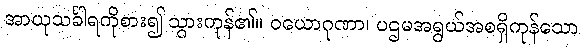
အာယုသင်္ခါရကိုစား၍ သွားကုန်၏။ ဝယောဂုဏာ၊ ပဌမအရွယ်အစရှိကုန်သော